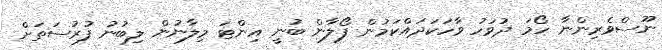
ނޫސްވެރިންނާ ހޯމަ ދުވަހު ވާހަކަދައްކަމުން ފޯލާން ބުނީ އިންޓަ މިލާނުން ލިބުނު ފުރުސަތަށް